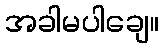
အခါမပါချေ။